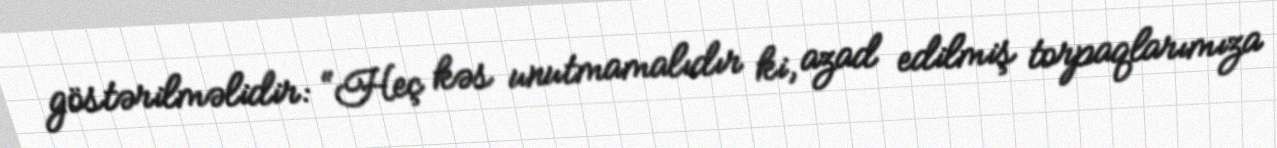
göstərilməlidir: “Heç kəs unutmamalıdır ki, azad edilmiş torpaqlarımıza